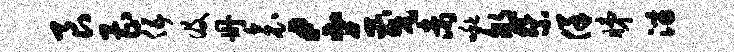
艮曹伍及册衾千茂未啾郇祭佯睇淄